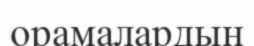
орамалардың